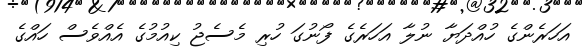
އަހަރެންގެ ހުއްދަޔާ ނުލާ އަހަރެގެ ފޯނުގަ ހުރި މެސެޖު ކިއުމުގެ އެއްވެސް ހައްގެ